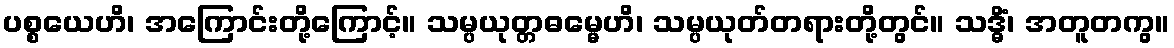
ပစ္စယေဟိ၊ အကြောင်းတို့ကြောင့်။ သမ္ပယုတ္တဓမ္မေဟိ၊ သမ္ပယုတ်တရားတို့တွင်။ သဒ္ဓိံ၊ အတူတကွ။